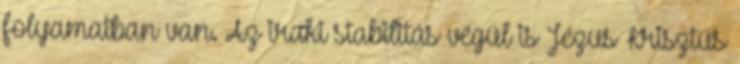
folyamatban van. Az iraki stabilitás végül is Jézus Krisztus